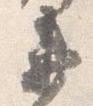
衛